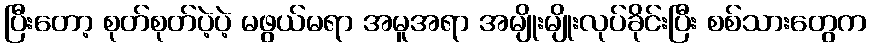
ပြီးတော့ စုတ်စုတ်ပဲ့ပဲ့ မဖွယ်မရာ အမူအရာ အမျိုးမျိုးလုပ်ခိုင်းပြီး စစ်သားတွေက